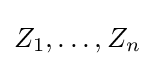
Z_{1},\ldots ,Z_{n}